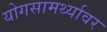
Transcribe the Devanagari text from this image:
योगसामर्थ्यावर